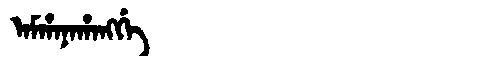
Manchu: ᠠᠮᡥᠠᠨᠠᡥᠠᠩᡤᡝ
Romanization: AMHANAHANGGE